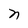
Character: n